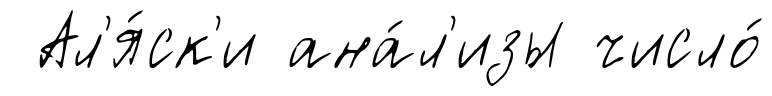
Ал'я́ск'и ана́л'изы число́